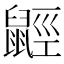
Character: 𪕣